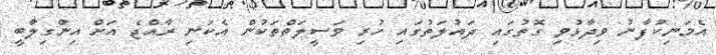
އެމަނިކުފާނު ވިދާޅުވި ގޮތުގައި ދައުލަތުގައި ހުރި ވަސީލަތްތަކުން އެކަނި ރާއްޖެ އަށް އިންގިލާބީ